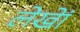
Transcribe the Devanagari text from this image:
लेखेां